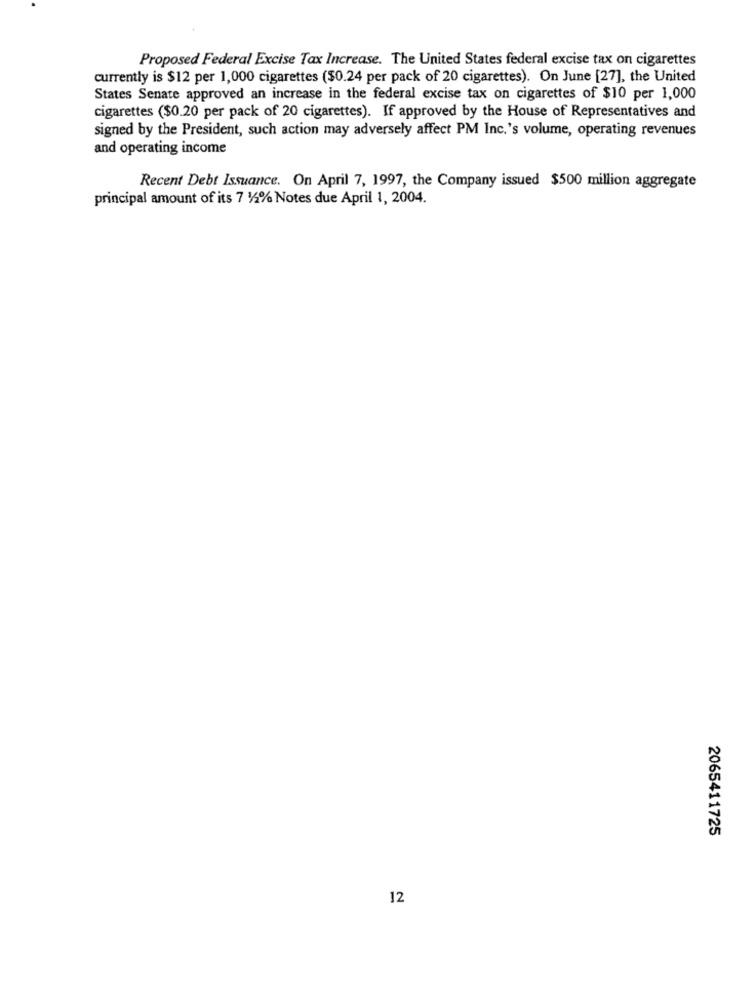
Proposed Federal Excise Tax Increase. The United States federal excise tax on cigarettes
currently is $12 per 1,000 cigarettes ($0.24 per pack of 20 cigarettes). On June [27], the United
States Senate approved an increase in the federal excise tax on cigarettes of $10 per 1,000
cigarettes ($0.20 per pack of 20 cigarettes). If approved by the House of Representatives and
signed by the President, such action may adversely affect PM Inc.'s volume, operating revenues
and operating income
Recent Debt Issuance. On April 7, 1997, the Company issued $500 million aggregate
principal amount of its 7 12% Notes due April 1, 2004.
2065411725
12